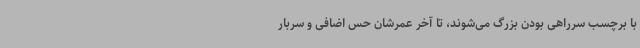
با برچسب سرراهی بودن بزرگ می‌شوند، تا آخر عمرشان حس اضافی و سربار